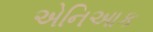
એનિઆક